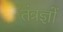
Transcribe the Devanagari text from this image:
तंत्रज्ञों